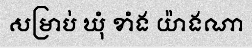
សម្រាប់ ឃុំ ខាំង យ៉ាងណា